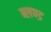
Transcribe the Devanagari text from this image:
ब्लण्ड